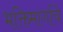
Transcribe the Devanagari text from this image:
भक्तिमार्गाचे